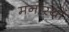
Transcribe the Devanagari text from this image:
मनोरथों